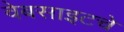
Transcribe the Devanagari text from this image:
वेबसाइटचे